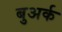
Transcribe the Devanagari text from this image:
बुअर्क